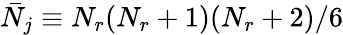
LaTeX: \bar{N}_{j}\equiv N_{r}(N_{r}+1)(N_{r}+2)/6